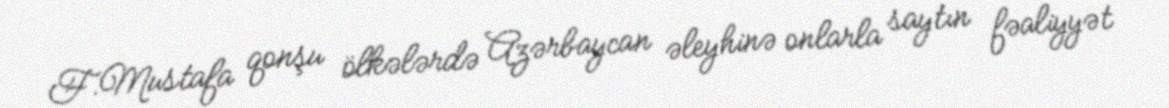
F.Mustafa qonşu ölkələrdə Azərbaycan əleyhinə onlarla saytın fəaliyyət